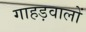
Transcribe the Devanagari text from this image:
गाहड़वालों